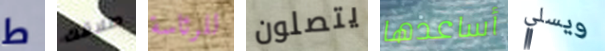
ط طلاقك للرئاسة يتصلون أساعدها ويسلي